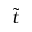
\tilde { t }